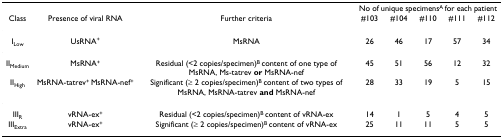
<table><thead><tr><td></td><td></td><td></td><td colspan="5"><b>No of unique specimens<sup>A </sup>for each patient</b></td></tr><tr><td><b>Class</b></td><td><b>Presence of viral RNA</b></td><td><b>Further criteria</b></td><td><b>#103</b></td><td><b>#104</b></td><td><b>#110</b></td><td><b>#111</b></td><td><b>#112</b></td></tr></thead><tbody><tr><td>I<sub>Low</sub></td><td>UsRNA<sup>+</sup></td><td>MsRNA</td><td>26</td><td>46</td><td>17</td><td>57</td><td>34</td></tr><tr><td>II<sub>Medium</sub></td><td>MsRNA<sup>+</sup></td><td>Residual (&lt;2 copies/specimen)<sup>B </sup>content of one type of MsRNA, Ms-tatrev <b>or </b>MsRNA-nef</td><td>45</td><td>51</td><td>56</td><td>12</td><td>32</td></tr><tr><td>II<sub>High</sub></td><td>MsRNA-tatrev<sup>+ </sup>MsRNA-nef<sup>+</sup></td><td>Significant (≥ 2 copies/specimen)<sup>B </sup>content of two types of MsRNA, MsRNA-tatrev <b>and </b>MsRNA-nef</td><td>28</td><td>33</td><td>19</td><td>5</td><td>15</td></tr><tr><td>III<sub>R</sub></td><td>vRNA-ex<sup>+</sup></td><td>Residual (&lt;2 copies/specimen)<sup>B </sup>content of vRNA-ex</td><td>14</td><td>1</td><td>5</td><td>4</td><td>5</td></tr><tr><td>III<sub>Extra</sub></td><td>vRNA-ex<sup>+</sup></td><td>Significant (≥ 2 copies/specimen)<sup>B </sup>content of vRNA-ex</td><td>25</td><td>11</td><td>11</td><td>5</td><td>5</td></tr></tbody></table>